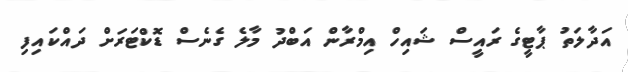
އަދާލަތު ޕާޓީގެ ރައީސް ޝައިހް އިމްރާން އަބްދު މާލެ ގެނެސް ޑޮކްޓަރަށް ދައްކައިފި